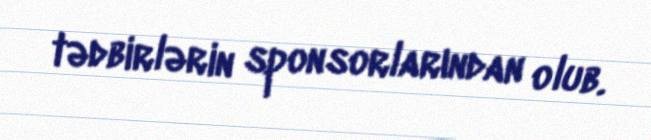
tədbirlərin sponsorlarından olub.